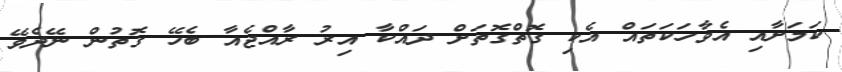
ކަމަށާއި އެވާހަކަތައް އެކި ގޮތްގޮތަށް ދައްކާ އިރު ރާއްޖެއާ ބެހޭ ގޮތުން ނޭދެވޭ